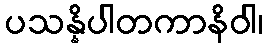
ပသန္နိပါတကာနိဝါ၊